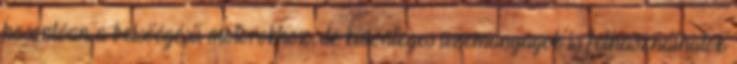
hasonlóan a belsőégésű motorokhoz, de különleges üzemanyagok is felhasználhatók